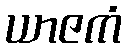
ယာဇကံ